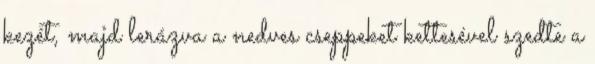
kezét, majd lerázva a nedves cseppeket kettesével szedte a